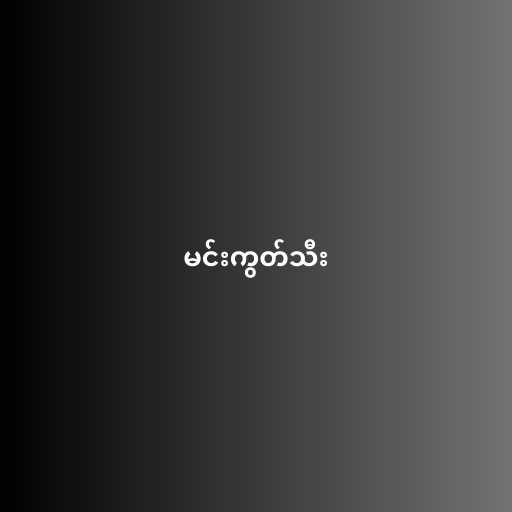
မင်းကွတ်သီး